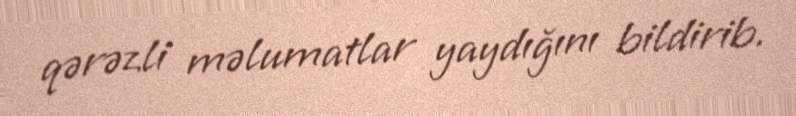
qərəzli məlumatlar yaydığını bildirib.